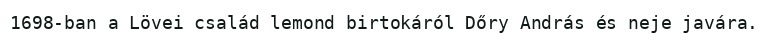
1698-ban a Lövei család lemond birtokáról Dőry András és neje javára.